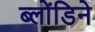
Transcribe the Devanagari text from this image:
ब्लोंडिने